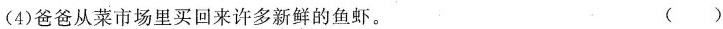
(4)爸爸从菜市场里买回来许多新鲜的鱼虾。( )